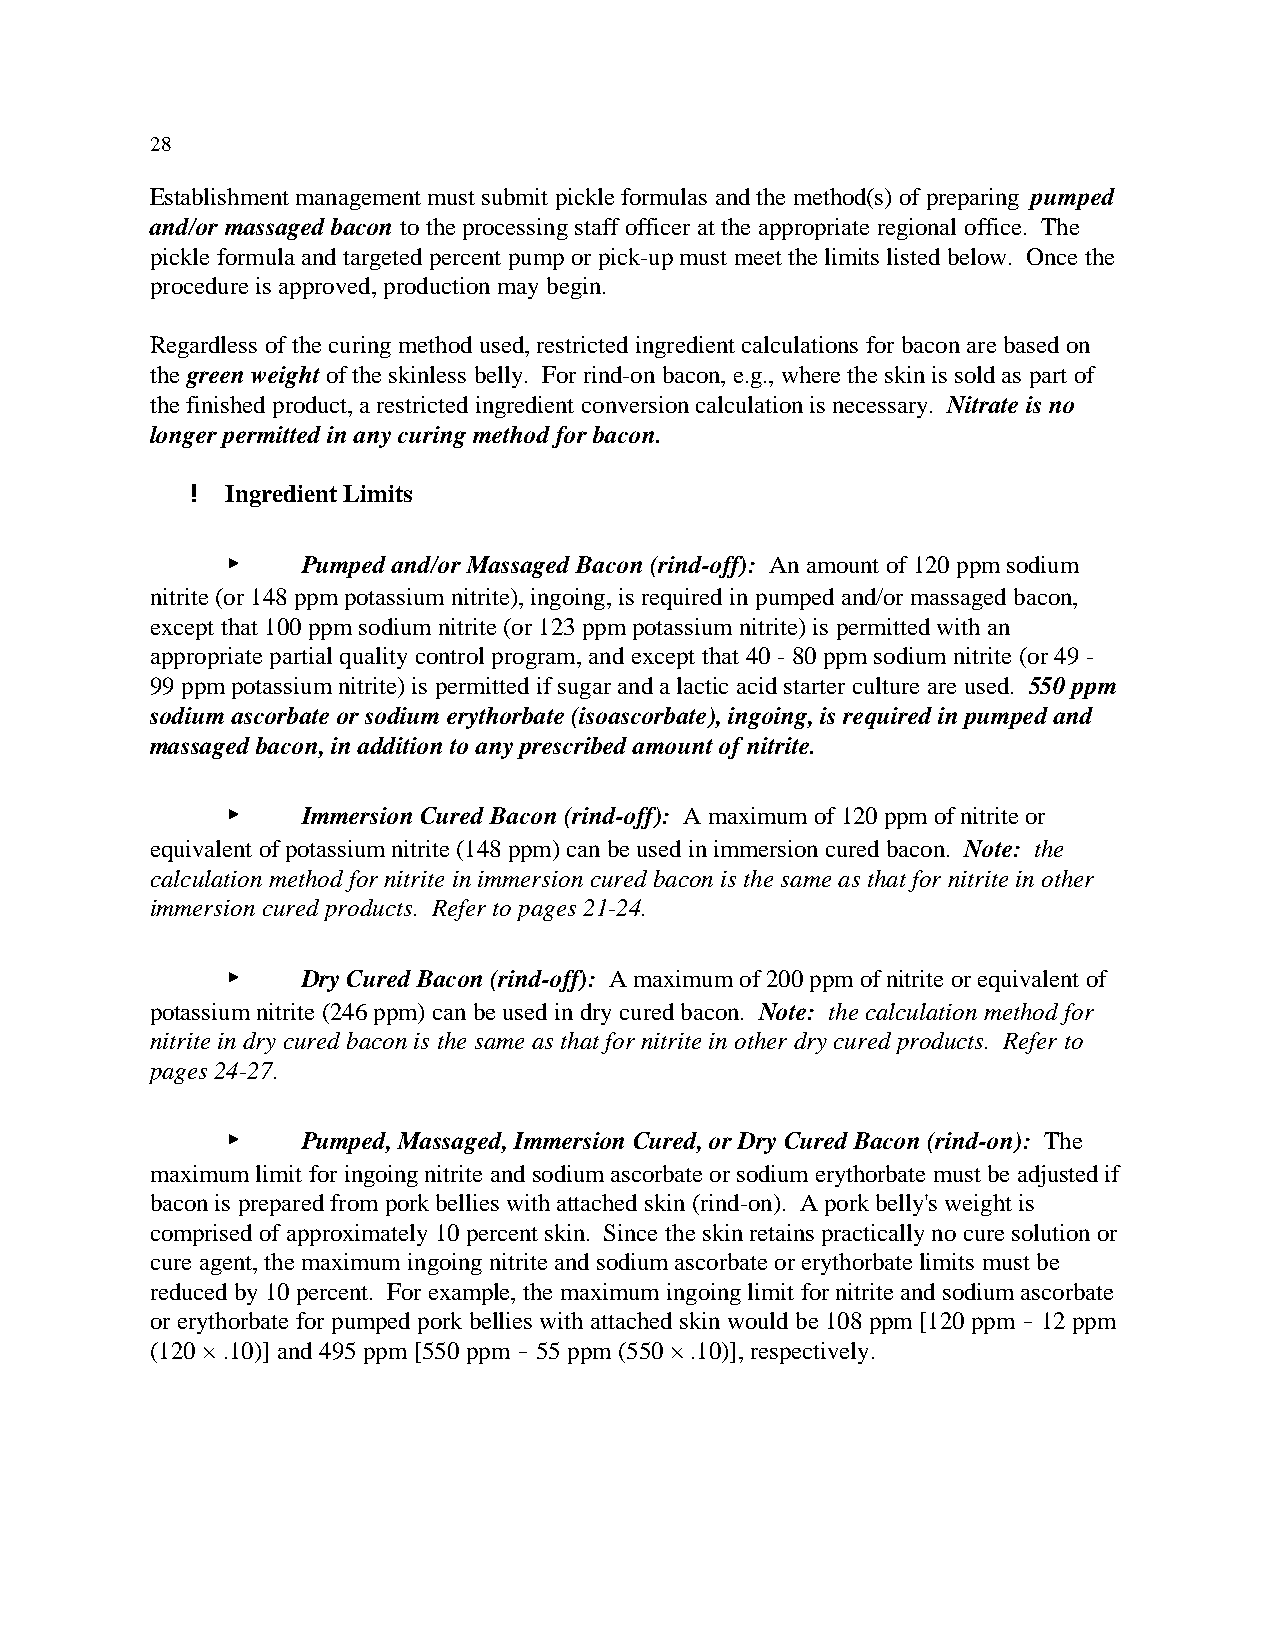
28
 Establishment management must submit pickle formulas and the method(s) of preparing pumped
 and/or massaged bacon to the processing staff officer at the appropriate regional office. The
 pickle formula and targeted percent pump or pick-up must meet the limits listed below. Once the
 procedure is approved, production may begin.
 Regardless of the curing method used, restricted ingredient calculations for bacon are based on
 the green weight of the skinless belly. For rind-on bacon, e.g., where the skin is sold as part of
 the finished product, a restricted ingredient conversion calculation is necessary. Nitrate is no
 longer permitted in any curing method for bacon.
 ! Ingredient Limits
 <    Pumped and/or Massaged Bacon (rind-off): An amount of 120 ppm sodium
 nitrite (or 148 ppm potassium nitrite), ingoing, is required in pumped and/or massaged bacon,
 except that 100 ppm sodium nitrite (or 123 ppm potassium nitrite) is permitted with an
 appropriate partial quality control program, and except that 40 - 80 ppm sodium nitrite (or 49 -
 99 ppm potassium nitrite) is permitted if sugar and a lactic acid starter culture are used. 550 ppm
 sodium ascorbate or sodium erythorbate (isoascorbate), ingoing, is required in pumped and
 massaged bacon, in addition to any prescribed amount of nitrite.
 <    Immersion Cured Bacon (rind-off): A maximum of 120 ppm of nitrite or
 equivalent of potassium nitrite (148 ppm) can be used in immersion cured bacon. Note: the
 calculation method for nitrite in immersion cured bacon is the same as that for nitrite in other
 immersion cured products. Refer to pages 21-24.
 <    Dry Cured Bacon (rind-off): A maximum of 200 ppm of nitrite or equivalent of
 potassium nitrite (246 ppm) can be used in dry cured bacon. Note: the calculation method for
 nitrite in dry cured bacon is the same as that for nitrite in other dry cured products. Refer to
 pages 24-27.
 <    Pumped, Massaged, Immersion Cured, or Dry Cured Bacon (rind-on): The
 maximum limit for ingoing nitrite and sodium ascorbate or sodium erythorbate must be adjusted if
 bacon is prepared from pork bellies with attached skin (rind-on). A pork belly's weight is
 comprised of approximately 10 percent skin. Since the skin retains practically no cure solution or
 cure agent, the maximum ingoing nitrite and sodium ascorbate or erythorbate limits must be
 reduced by 10 percent. For example, the maximum ingoing limit for nitrite and sodium ascorbate
 or erythorbate for pumped pork bellies with attached skin would be 108 ppm [120 ppm ! 12 ppm
 (120 × .10)] and 495 ppm [550 ppm ! 55 ppm (550 × .10)], respectively.